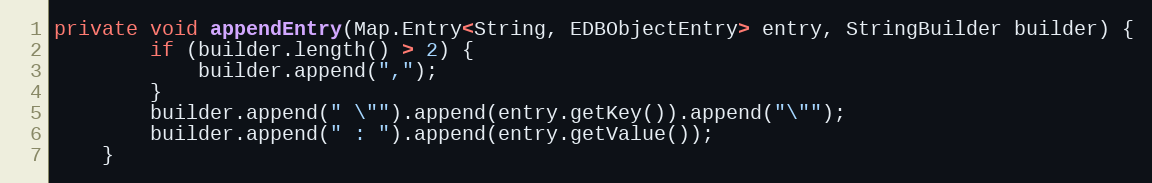
Language: Java
private void appendEntry(Map.Entry<String, EDBObjectEntry> entry, StringBuilder builder) {
        if (builder.length() > 2) {
            builder.append(",");
        }
        builder.append(" \"").append(entry.getKey()).append("\"");
        builder.append(" : ").append(entry.getValue());
    }